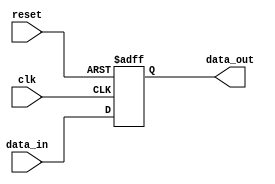
module pci_express_controller (
  input wire clk,
  input wire reset,
  input wire [7:0] data_in,
  output wire [7:0] data_out
);

// Timing control and synchronization blocks

// Data transfer rate management
reg [31:0] transfer_count;
parameter MAX_TRANSFER_COUNT = 10000;

always @(posedge clk or posedge reset) begin
  if (reset) begin
    transfer_count <= 0;
  end else if (transfer_count < MAX_TRANSFER_COUNT) begin
    transfer_count <= transfer_count + 1;
  end else begin
    transfer_count <= 0;
  end
end

// Latency control
reg [3:0] latency_count;
parameter MAX_LATENCY_COUNT = 15;

always @(posedge clk or posedge reset) begin
  if (reset) begin
    latency_count <= 0;
  end else if (latency_count < MAX_LATENCY_COUNT) begin
    latency_count <= latency_count + 1;
  end else begin
    latency_count <= 0;
  end
end

// Clock cycle management
reg clock_cycle;
parameter CLOCK_PERIOD = 10; // in ns

always @(posedge clk or posedge reset) begin
  if (reset) begin
    clock_cycle <= 0;
  end else begin
    clock_cycle <= clock_cycle + 1;
  end
end

// Data synchronization
reg [7:0] synchronized_data;

always @(posedge clk or posedge reset) begin
  if (reset) begin
    synchronized_data <= 0;
  end else begin
    synchronized_data <= data_in;
  end
end

// Output data after synchronization
assign data_out = synchronized_data;

endmodule